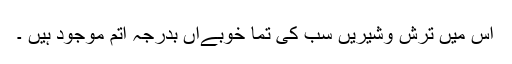
اس میں ترش وشیریں سب کی تما خوبےاں بدرجہ اتم موجود ہیں ۔